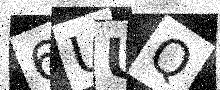
Text: 6UUQ